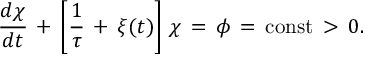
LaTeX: \frac { d \chi } { d t } \, + \, \left[ \frac { 1 } { \tau } \, + \, \xi ( t ) \right] \, \chi \, = \, \phi \, = \, \mathrm { c o n s t } \, > \, 0 .